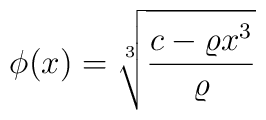
\phi(x)=\sqrt[3]{\displaystyle\frac{c-\varrho x^3}{\varrho}}